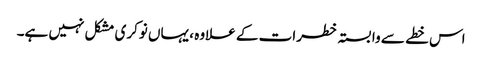
اس خطے سے وابستہ خطرات کے علاوہ ، یہاں نوکری مشکل نہیں ہے۔